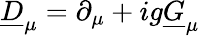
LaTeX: \underline{{{D}}}_{\mu}=\partial_{\mu}+ig\underline{{{G}}}_{\mu}